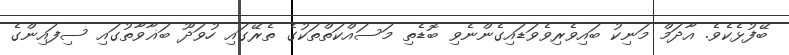
ބޭފުޅެކެވެ. އާދަމް މަނިކު ބައިވެރިވެވަޑައިގެންނެވި ބޮޑެތި މަސައްކަތްތަކުގެ ތެރޭގައި ހުވަދޫ ބަޣާވާތުގައި ސިފައިންގެ